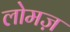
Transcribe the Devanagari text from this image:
लोमज़